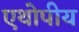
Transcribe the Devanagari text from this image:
एथोपीय